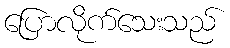
ပြောလိုက်သေးသည်